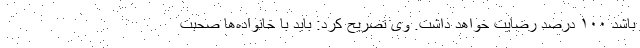
باشد ۱۰۰ درصد رضایت خواهد داشت. وی تصریح کرد: باید با خانواده‌ها صحبت